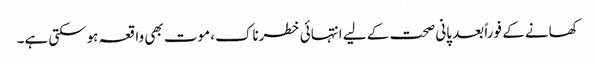
کھانے کے فوراً بعد پانی صحت کے لیے انتہائی خطرناک، موت بھی واقعہ ہوسکتی ہے۔